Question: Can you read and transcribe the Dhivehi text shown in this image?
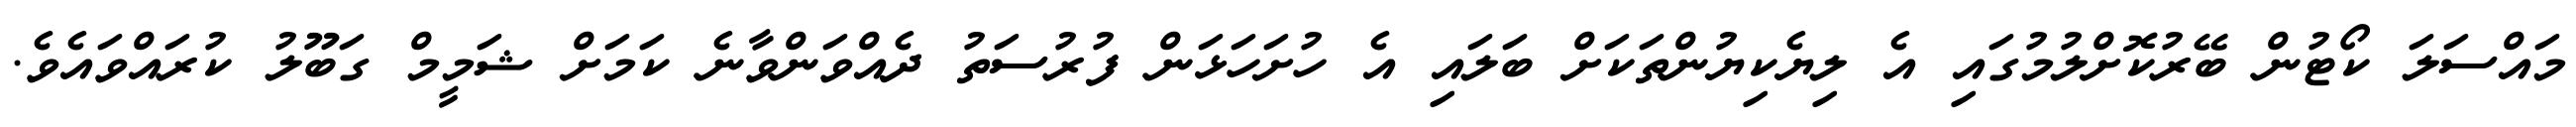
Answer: މައްސަލަ ކޯޓުން ބޭރުކޮށްލުމުގައި އެ ލިޔެކިޔުންތަކަށް ބަލައި އެ ހުށަހަޅަން ފުރުސަތު ދެއްވަންވާނެ ކަމަށް ޝަމީމް ގަބޫލު ކުރައްވައެވެ.